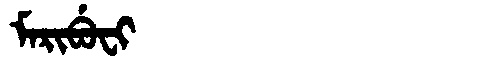
Manchu: ᠮᠠᡵᡳᠪᡠᠸᡳ
Romanization: MARIBUFI